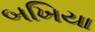
બખિયા